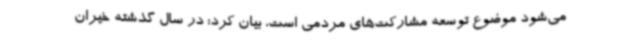
می‌شود موضوع توسعه مشارکت‌های مردمی است، بیان کرد: در سال گذشته خیران